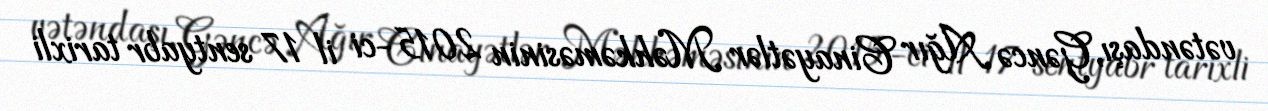
vətəndaşı, Gəncə Ağır Cinayətlər Məhkəməsinin 2015-ci il 17 sentyabr tarixli